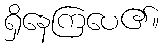
ရှိနေကြပေ၏။